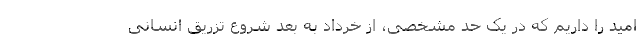
امید را داریم که در یک حد مشخصی، از خرداد به بعد شروع تزریق انسانی